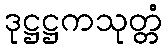
ဒုဋ္ဌဋ္ဌကသုတ္တံ